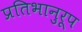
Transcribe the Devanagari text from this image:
प्रतिभानुरूप